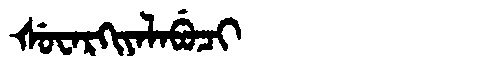
Manchu: ᡧᡠᠸᠠᡵᡴᡳᠶᠠᠯᠠᠪᡠᠴᡳ
Romanization: ŠUWARKIYALABUCI